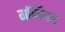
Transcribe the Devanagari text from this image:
गॉर्जियस